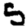
Digit: 5